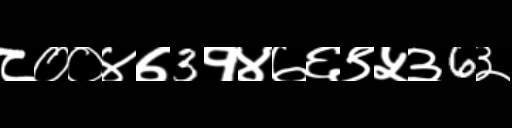
Text: ८००४७3१४७६९५३6३